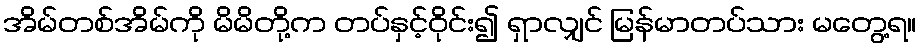
အိမ်တစ်အိမ်ကို မိမိတို့က တပ်နှင့်ဝိုင်း၍ ရှာလျှင် မြန်မာတပ်သား မတွေ့ရ။